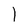
Character: l